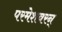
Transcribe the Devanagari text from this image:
परमेशवरन्